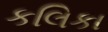
કલિકા